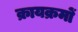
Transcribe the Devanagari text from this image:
क्रायक्रमों